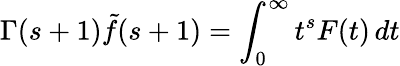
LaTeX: \Gamma(s+1){\tilde{f}}(s+1)=\int_{0}^{\infty}t^{s}F(t)\, dt